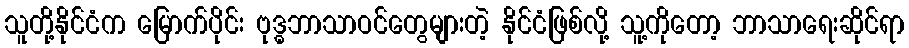
သူတို့နိုင်ငံက မြောက်ပိုင်း ဗုဒ္ဓဘာသာဝင်တွေများတဲ့ နိုင်ငံဖြစ်လို့ သူ့ကိုတော့ ဘာသာရေးဆိုင်ရာ